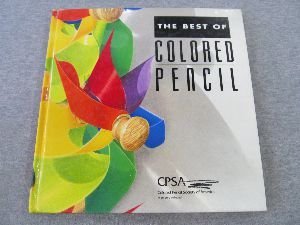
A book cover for The Best of Colored Pencil (No.1); Colored Pencil Society of America; Arts & Photography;